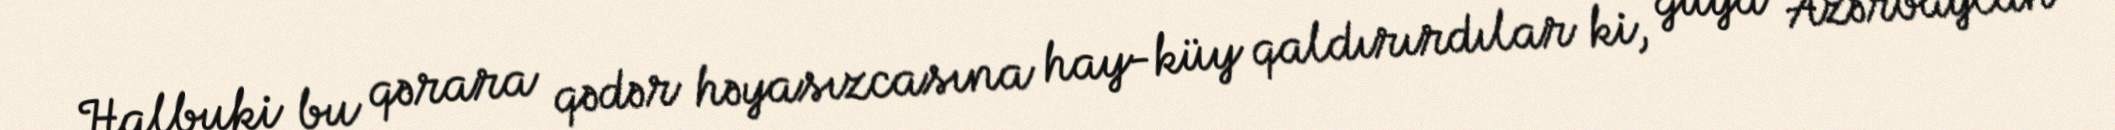
Halbuki bu qərara qədər həyasızcasına hay-küy qaldırırdılar ki, guya Azərbaycan